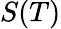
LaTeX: S(T)